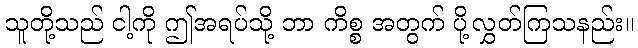
သူတို့သည် ငါ့ကို ဤအရပ်သို့ ဘာ ကိစ္စ အတွက် ပို့လွှတ်ကြသနည်း။